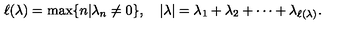
\ell ( \lambda ) = \max \{ n | \lambda _ { n } \neq 0 \} , \quad | \lambda | = \lambda _ { 1 } + \lambda _ { 2 } + \cdots + \lambda _ { \ell ( \lambda ) } .